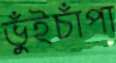
ভুঁইচাঁপা